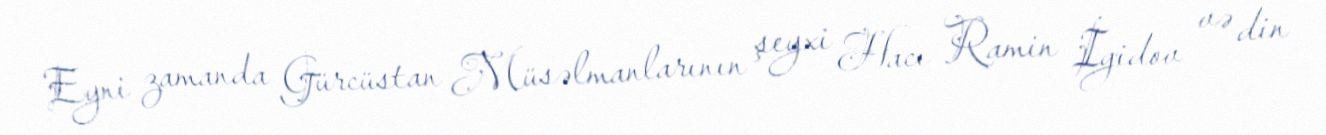
Eyni zamanda Gürcüstan Müsəlmanlarının şeyxi Hacı Ramin İgidov və din